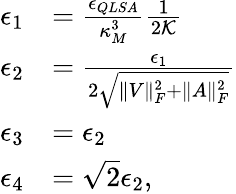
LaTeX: \begin{array}{rl}{\epsilon_{1}}&{=\frac{\epsilon_{QLSA}}{\kappa_{M}^{3}}\frac{1}{2\mathcal{K}}}\\ {\epsilon_{2}}&{=\frac{\epsilon_{1}}{2\sqrt{\| V\| _{F}^{2}+\| A\| _{F}^{2}}}}\\ {\epsilon_{3}}&{=\epsilon_{2}}\\ {\epsilon_{4}}&{=\sqrt{2}\epsilon_{2},}\end{array}